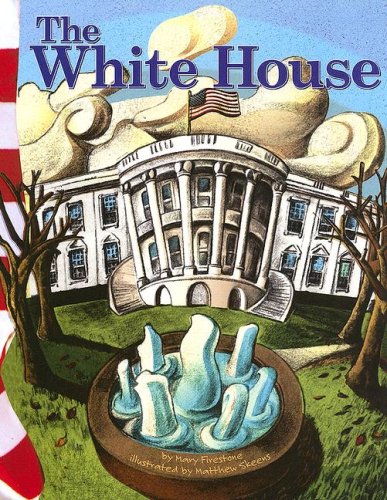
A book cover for The White House (American Symbols); Mary Firestone; Children's Books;